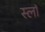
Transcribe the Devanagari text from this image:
स्लॉ